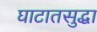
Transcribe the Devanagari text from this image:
घाटातसुद्धा